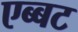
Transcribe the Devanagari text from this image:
एब्बट